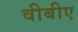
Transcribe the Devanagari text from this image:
वीबीए